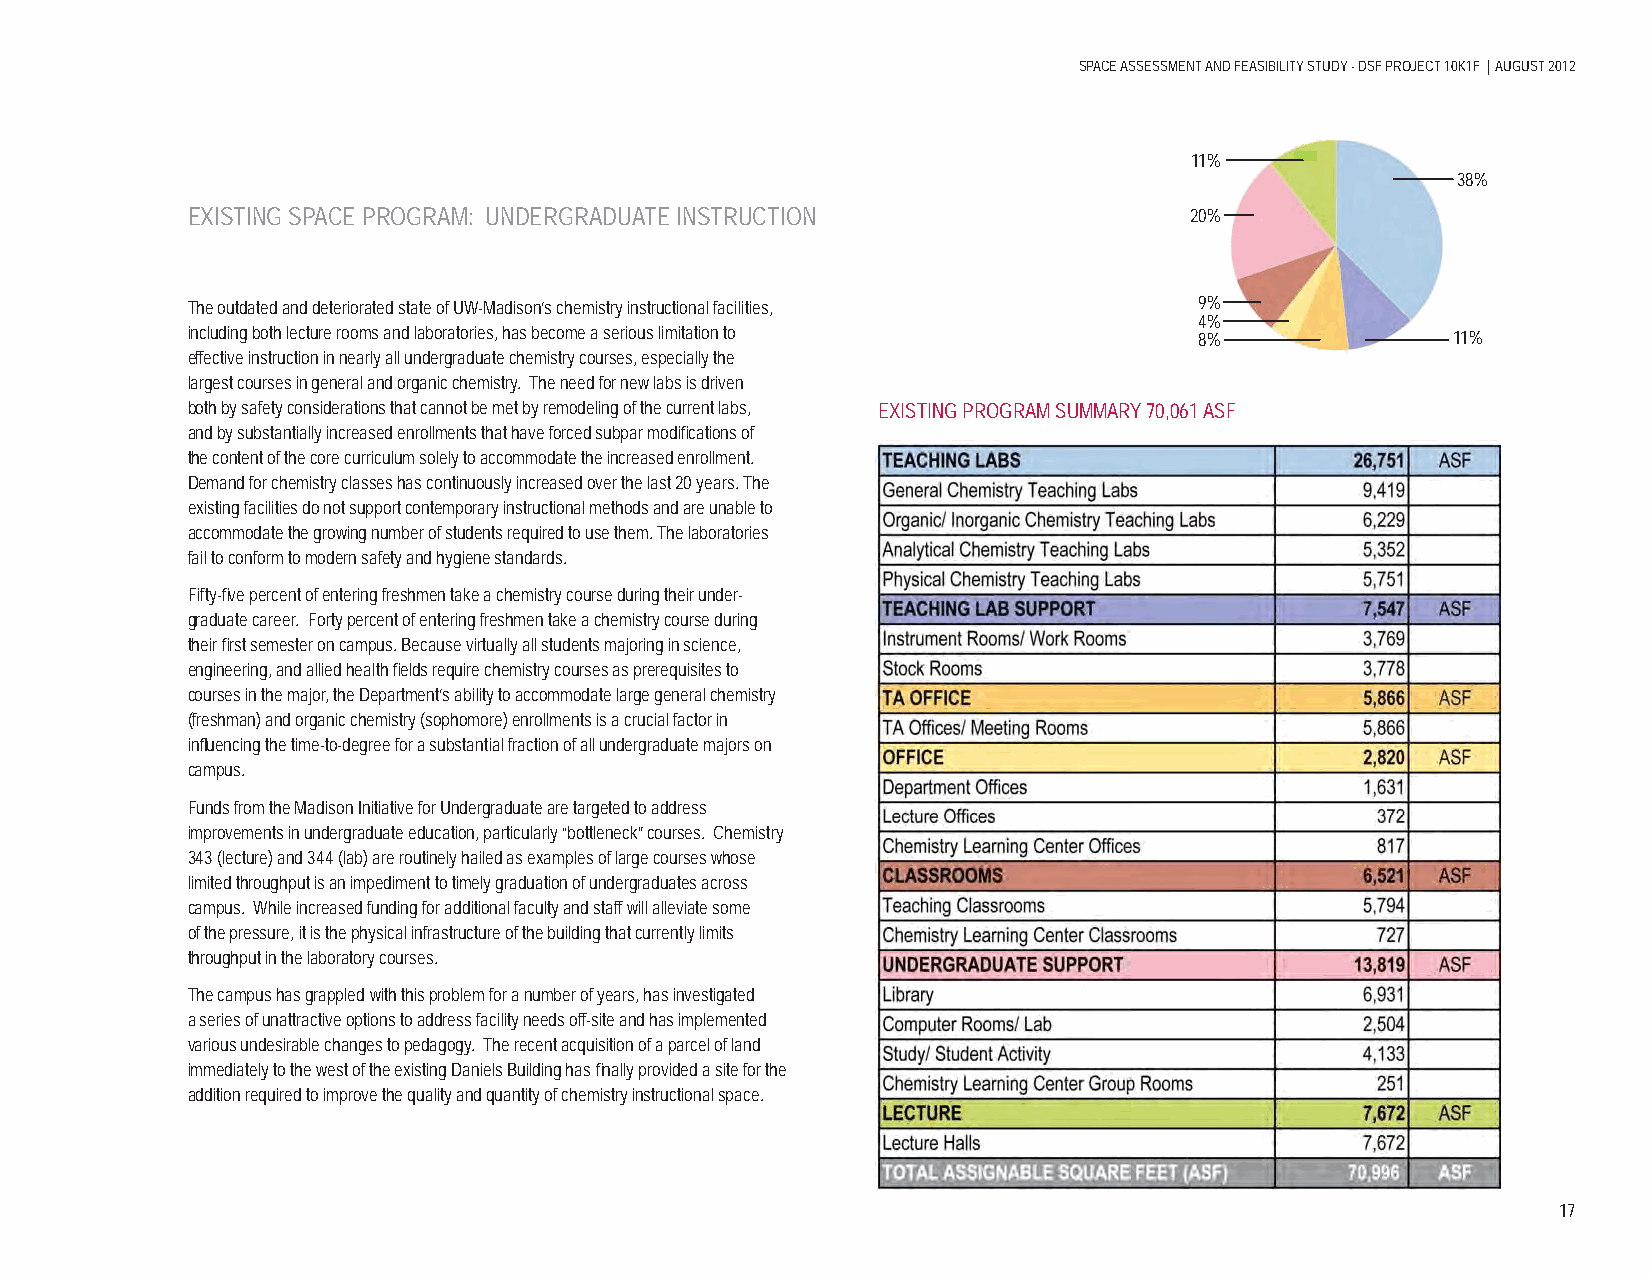
SPACE ASSESSMENT AND FEASIBILITY STUDY - DSF PROJECT 10K1F | AUGUST 2012
 11%
 38%
 EXISTING SPACE PROGRAM: UNDERGRADUATE INSTRUCTION                  20%
 The outdated and deteriorated state of UW-Madison’s chemistry instructional facilities, 9%
 4%
 including both lecture rooms and laboratories, has become a serious limitation to 8% 11%
 effective instruction in nearly all undergraduate chemistry courses, especially the
 largest courses in general and organic chemistry. The need for new labs is driven
 both by safety considerations that cannot be met by remodeling of the current labs, EXISTING PROGRAM SUMMARY 70,061 ASF
 and by substantially increased enrollments that have forced subpar modifi cations of
 the content of the core curriculum solely to accommodate the increased enrollment.
 Demand for chemistry classes has continuously increased over the last 20 years. The
 existing facilities do not support contemporary instructional methods and are unable to
 accommodate the growing number of students required to use them. The laboratories
 fail to conform to modern safety and hygiene standards.
 Fifty-fi ve percent of entering freshmen take a chemistry course during their under-
 graduate career. Forty percent of entering freshmen take a chemistry course during
 their fi rst semester on campus. Because virtually all students majoring in science,
 engineering, and allied health fi elds require chemistry courses as prerequisites to
 courses in the major, the Department’s ability to accommodate large general chemistry
 (freshman) and organic chemistry (sophomore) enrollments is a crucial factor in
 infl uencing the time-to-degree for a substantial fraction of all undergraduate majors on
 campus.
 Funds from the Madison Initiative for Undergraduate are targeted to address
 improvements in undergraduate education, particularly “bottleneck” courses. Chemistry
 343 (lecture) and 344 (lab) are routinely hailed as examples of large courses whose
 limited throughput is an impediment to timely graduation of undergraduates across
 campus. While increased funding for additional faculty and staff will alleviate some
 of the pressure, it is the physical infrastructure of the building that currently limits
 throughput in the laboratory courses.
 The campus has grappled with this problem for a number of years, has investigated
 a series of unattractive options to address facility needs off-site and has implemented
 various undesirable changes to pedagogy. The recent acquisition of a parcel of land
 immediately to the west of the existing Daniels Building has fi nally provided a site for the
 addition required to improve the quality and quantity of chemistry instructional space.
 17